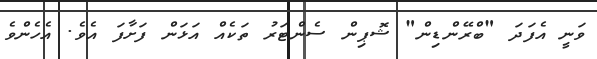
ވަނީ އެފަދަ "ބްރޭންޑިން" ޝޮޕިން ސެންޓަރު ތަކެއް އަޅަން ފަށާފަ އެވެ. އެހެންވެ